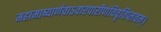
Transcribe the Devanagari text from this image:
महामाष्यार्णवाऽवारपारीणंविवृतिप्लवम्।